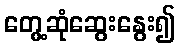
တွေ့ဆုံဆွေးနွေး၍